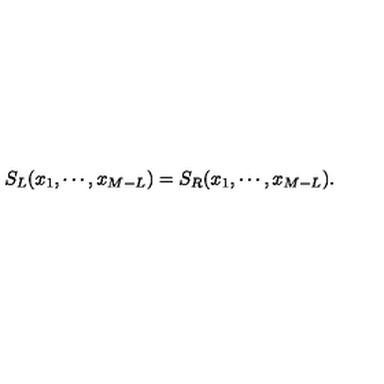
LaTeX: S _ { L } ( x _ { 1 } , \cdots , x _ { M - L } ) = S _ { R } ( x _ { 1 } , \cdots , x _ { M - L } ) .